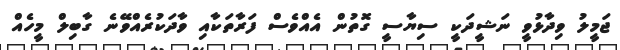
ޖަމީލު ވިދާޅުވީ ނަޝީދަކީ ސިޔާސީ ގޮތުން އެއްވެސް ފަރާތަކާއި ވާދަކުރެއްވޭނެ ގާބިލް މީހެއްް